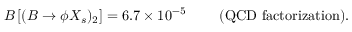
{ \cal B } \left[ ( B \to \phi X _ { s } ) _ { 2 } \right] = 6 . 7 \times 1 0 ^ { - 5 } ~ ~ ~ ~ ~ ~ ~ ( \mathrm { Q C D ~ f a c t o r i z a t i o n } ) .